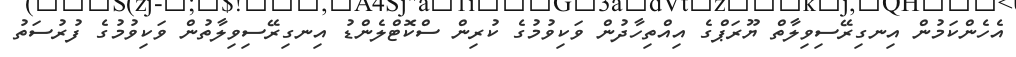
އެހެންކަމުން އިނގިރޭސިވިލާތް ޔޫރަޕްގެ އިއްތިހާދުން ވަކިވުމުގެ ކުރިން ސްކޮޓްލެންޑު އިނގިރޭސިވިލާތުން ވަކިވުމުގެ ފުރުސަތު